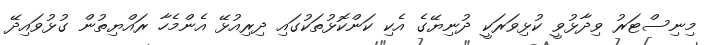
މިނިސްޓަރު ވިދާޅުވީ ކުޅިވަރަކީ ދުނިޔޭގެ އެކި ކަންކޮޅުތަކުގައި ދިރިއުޅޭ އެންމެހާ ރައްޔިތުން ގުޅުވައިދޭ